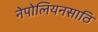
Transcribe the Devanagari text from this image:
नेपोलियनसाठि